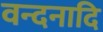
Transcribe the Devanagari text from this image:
वन्दनादि